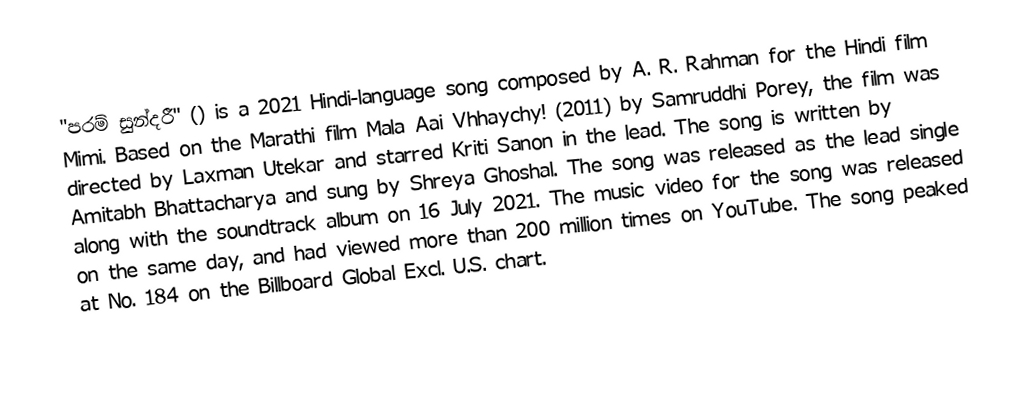
"පරම් සුන්දරී" () is a 2021 Hindi-language song composed by A. R. Rahman for the Hindi film Mimi. Based on the Marathi film Mala Aai Vhhaychy! (2011) by Samruddhi Porey, the film was directed by Laxman Utekar and starred Kriti Sanon in the lead. The song is written by Amitabh Bhattacharya and sung by Shreya Ghoshal. The song was released as the lead single along with the soundtrack album on 16 July 2021. The music video for the song was released on the same day, and had viewed more than 200 million times on YouTube. The song peaked at No. 184 on the  Billboard Global Excl. U.S. chart.